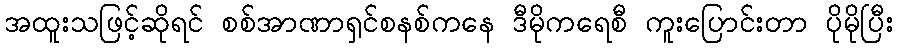
အထူးသဖြင့်ဆိုရင် စစ်အာဏာရှင်စနစ်ကနေ ဒီမိုကရေစီ ကူးပြောင်းတာ ပိုမိုပြီး